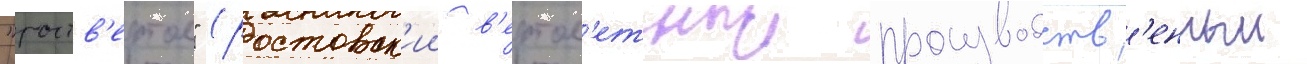
"роств'ертол" (ростовск'ии в'ертол'етныи производств'енныи